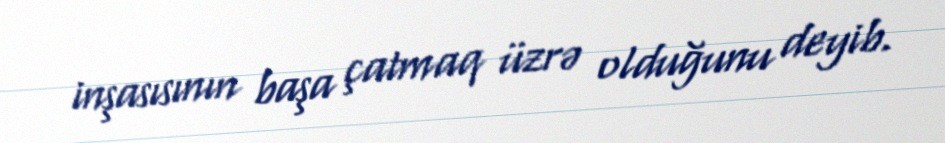
inşasısının başa çatmaq üzrə olduğunu deyib.